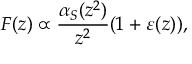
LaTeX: F ( z ) \propto { \frac { \alpha _ { S } ( z ^ { 2 } ) } { z ^ { 2 } } } ( 1 + \varepsilon ( z ) ) ,